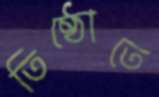
তিষ্ঠোতে